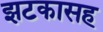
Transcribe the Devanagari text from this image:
झटकासह